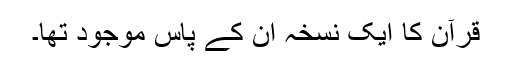
قرآن کا ایک نسخہ ان کے پاس موجود تھا۔